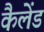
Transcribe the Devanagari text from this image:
कैलेंड